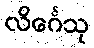
လိင်္ဂေသု